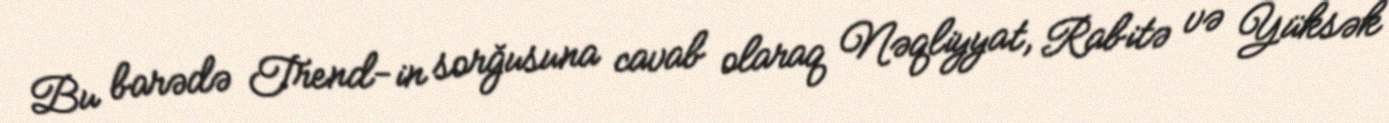
Bu barədə Trend-in sorğusuna cavab olaraq Nəqliyyat, Rabitə və Yüksək